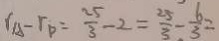
r _ { A } - r _ { p } = \frac { 2 5 } { 3 } - 2 = \frac { 2 5 } { 3 } - \frac { 6 } { 3 } =